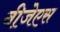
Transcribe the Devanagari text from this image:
बीजेएस